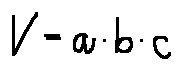
V = a \cdot b \cdot c